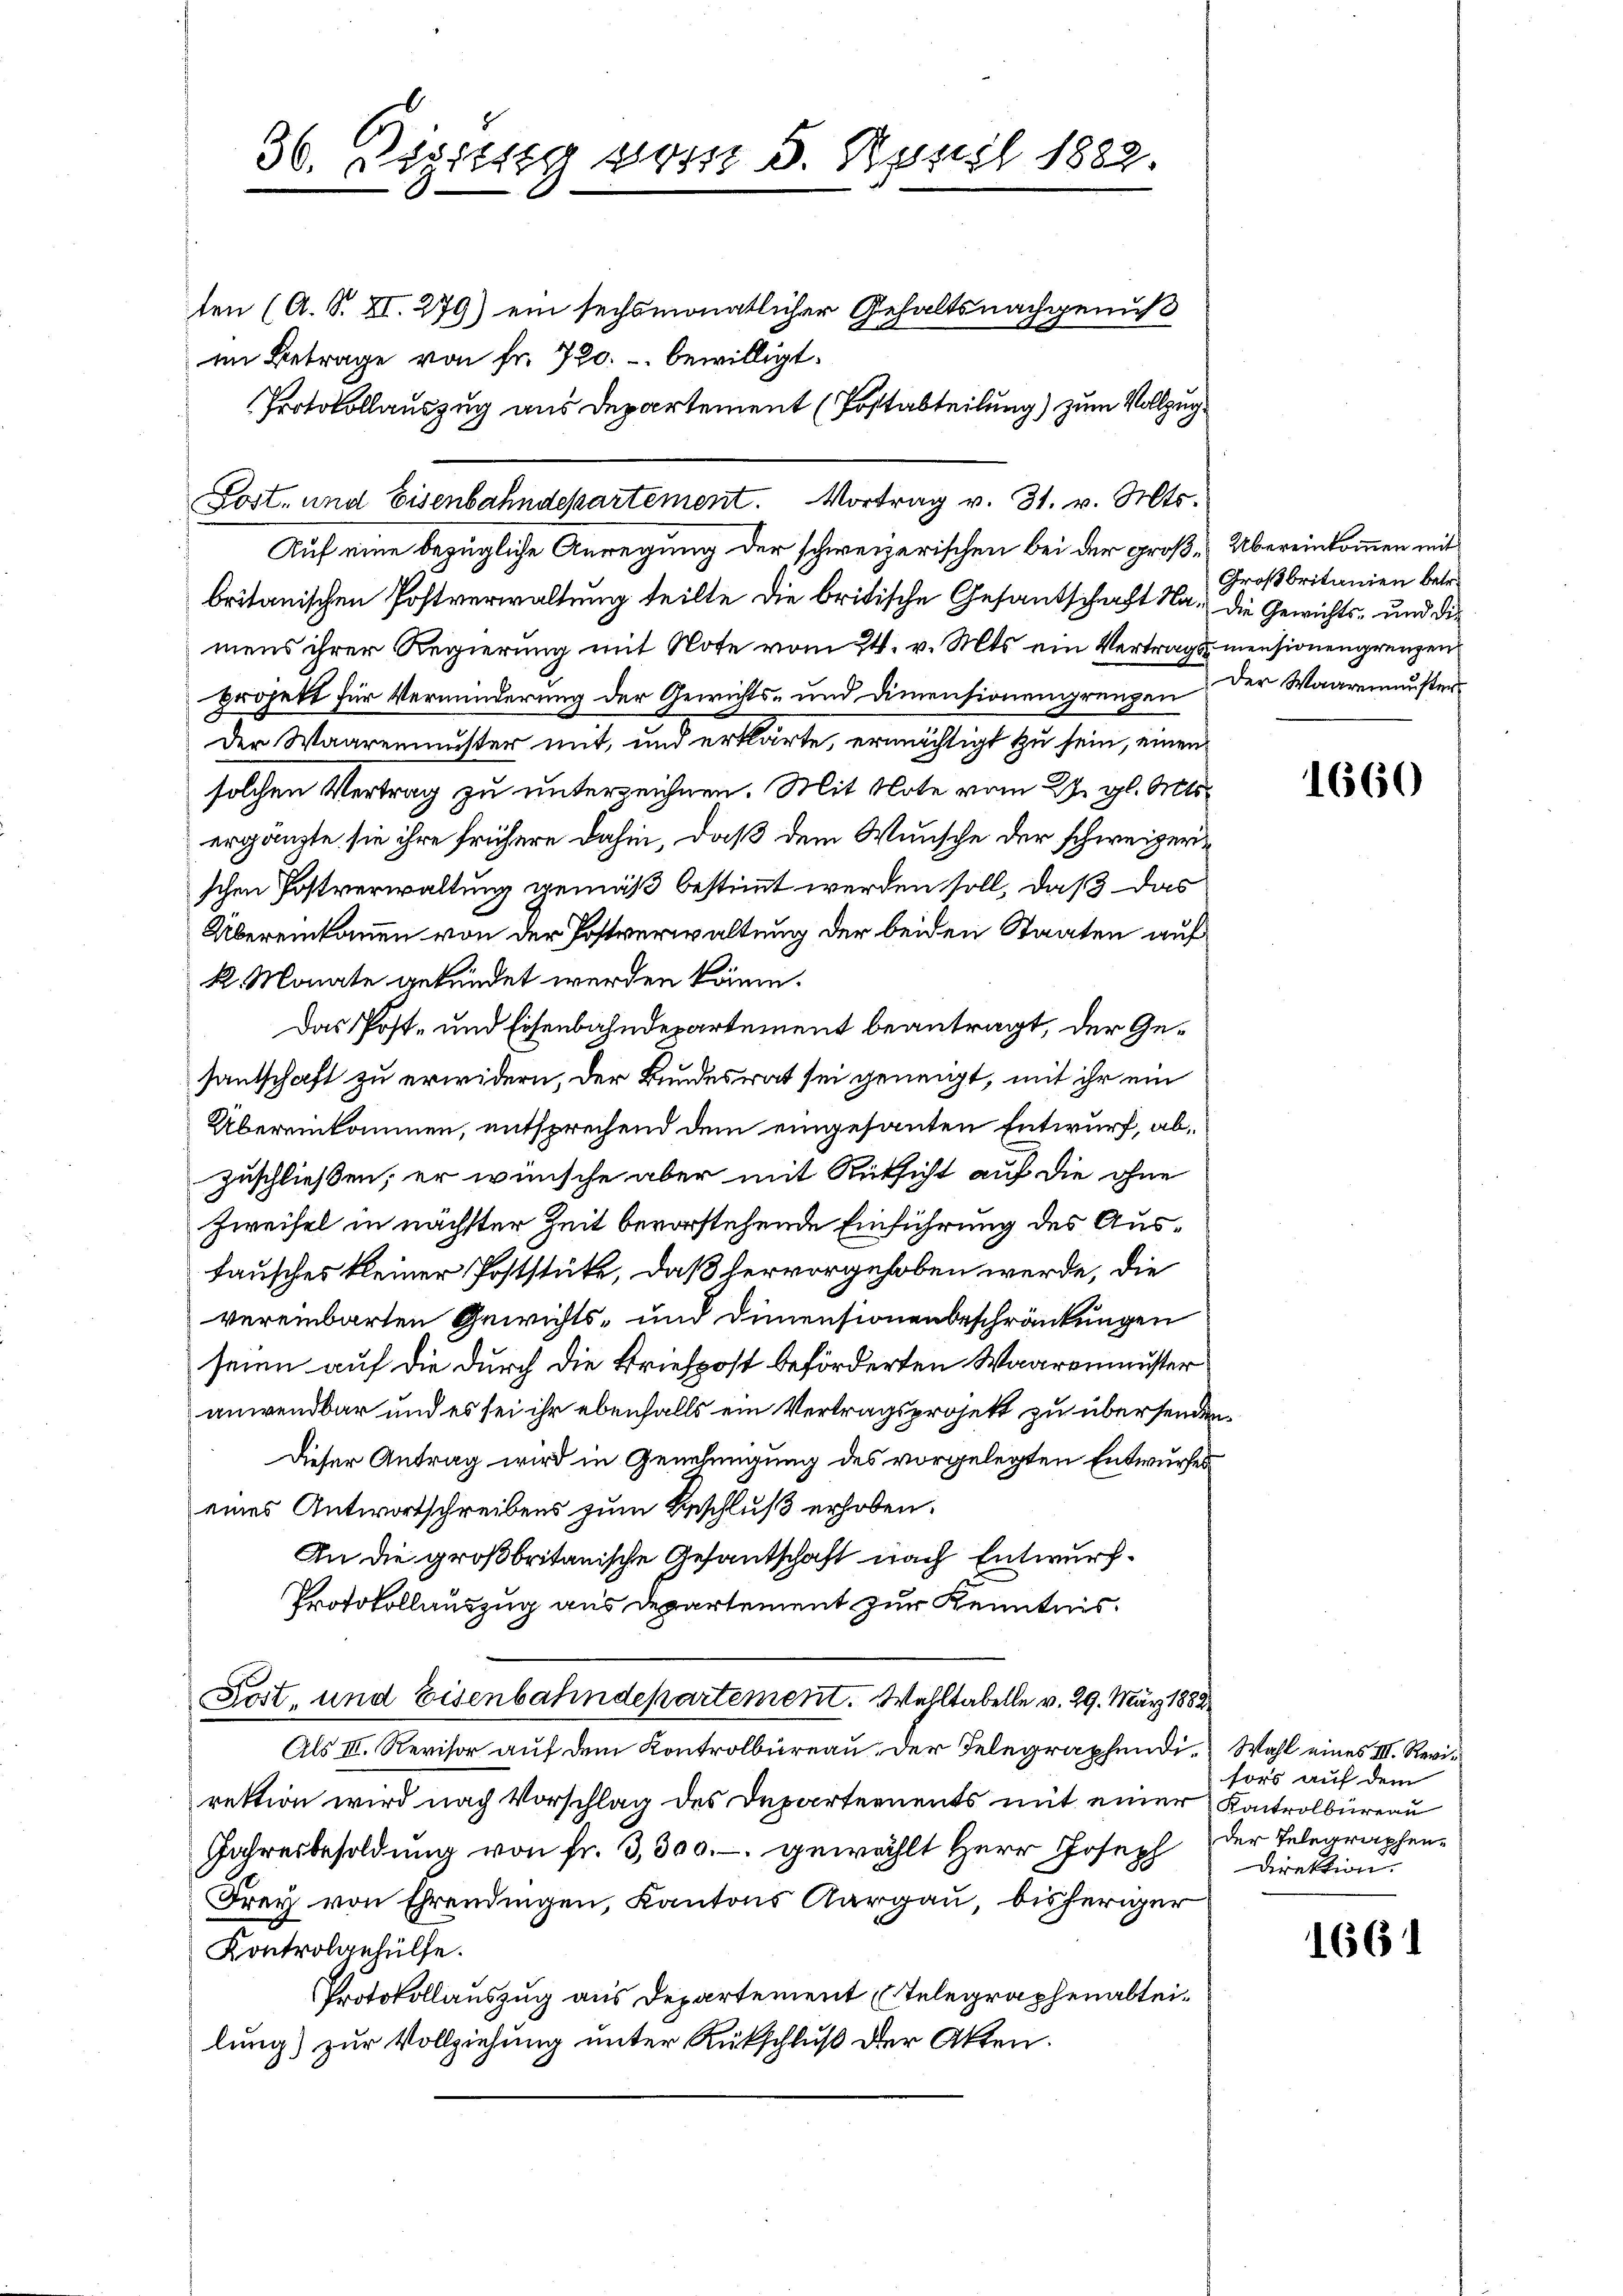
Auf eine bezügliche Anregung der schweizerischen bei der groß-Übereinkommen mit
britanischen Postverwaltung teilte die britische Gesandschaft Na, die Gewichts- und die
mens ihrer Regierung mit Note vom 24. v. Mts. ein Vertrags mensionengrenzen
projekt für Verminderung der Gewichts- und Dimensionengrenzen der Waaremuster¬
Der Waarenmuster mit, und erklärte, ermächtigt zu sein, einen
solchen Vertrag zu unterzeichnen. Mit Note vom 27. gl. Mts
ergänzte sie ihre frühere dahin, daß dem Wunsche der schweizerischen Postverwaltung gemäß bestimmt werden soll, daß das
Übereinkammen von der Postverwaltung der beiden Staaten auf
k. Monate gekündet werden könne.
Das Post- und Eisenbahndepartement beantragt, der Gesantschaft zu erwidern, der Bundesrat sei geneigt, mit ihr ein
Übereinkommen, entsprechend dem eingesanten Entwurf, abzuschließen; er wünsche aber mit Rücksicht auf die ohne
Zweifel in nächster Zeit bevorstehende Einführung des Austausches kleiner Poststücke, daß hervorgehoben werde, die
vereinbarten Gewichts- und Dimensionenbeschränkungen
seien auf die durch die Briefpost beförderten Waarenmuster
anwendbar und es sei ihr ebenfalls ein Vertragsprojekt zu übersenden
Dieser Antrag wird in Genehmigung des vorgelegten Entwurfes
eines Antwortschreibens zum Beschluß erhoben.
An die großbritanische Gesantschaft nach Entwurf¬
Protokollauszug aus Departement zur Kenntnis
Kost, und Eisenbahndepartement. Wahltabelle v. 29. März 1883
Als III. Revisor auf dem Kontrolbureau der Telegraphendi Wahl eines III. Revirektion wird nach Vorschlag des Departements mit einer Kontrolbureau
Jahresbesoldung von fr. 3,300.- gewählt Herr Joseph der Telegraphen¬
Frey von Ehrendingen, Kantons Aargau, bisheriger
Kontrolgehülfe.
Protokollauszug aus Departement (Telegraphenabteilung) zur Vollziehung unter Rückschluß der Akten.

36. Legittig vom 5. Russl 1882.
ten (A. S. XI. 279) ein sechsmonatlicher Gehaltsnachgenuß
im Betrage von fr. 720. bewilligt.
Protokollauszug aus Departement (Postabteilung) zum Vollzug.

Sost- und Eisenbahndepartement. Vortrag v. 31. v. Mts.

Großbritanien betr.

d

1660

sors auf dem
Direktion

1661